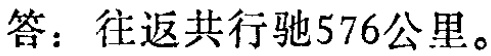
答：往返共行驰576公里。